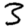
Digit: 3